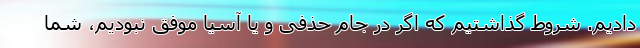
دادیم. شروط گذاشتیم که اگر در جام حذفی و یا آسیا موفق نبودیم، شما